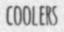
COOLERS